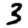
Digit: 3